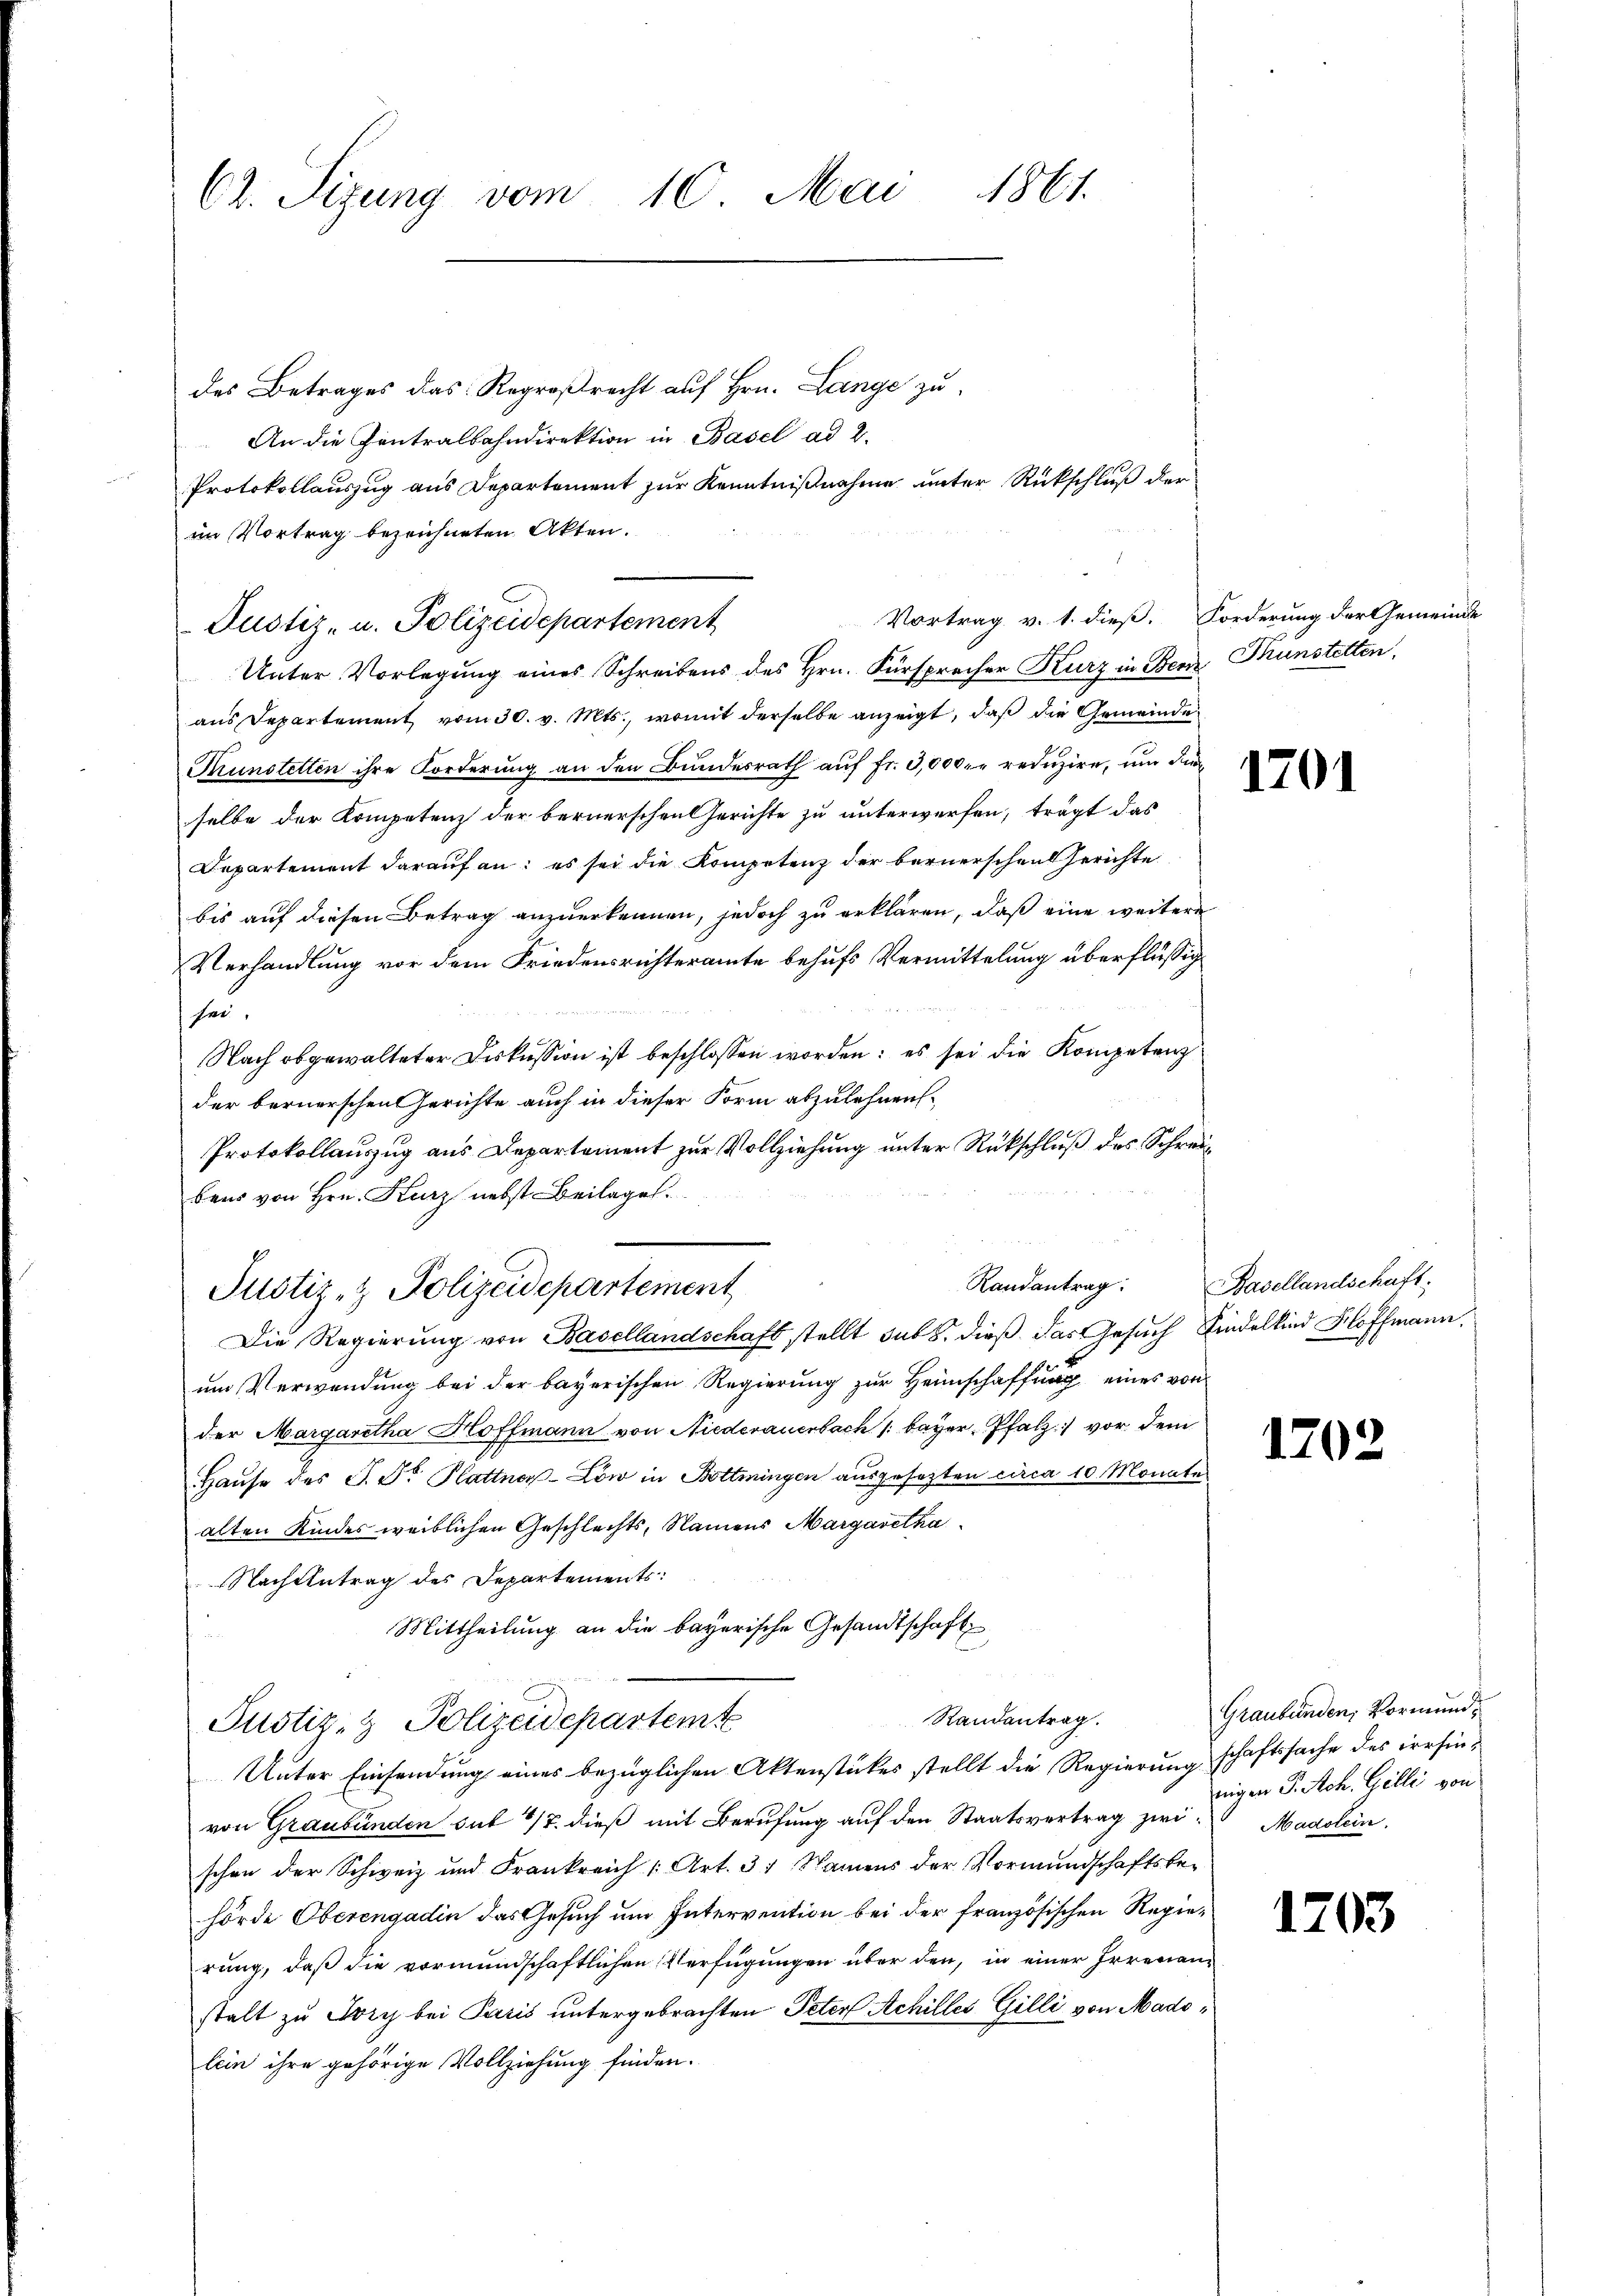
62. Sizung vom 10. Mai 1861.

des Betrages das Regroßrecht auf Hrn. Lange zu¬
An die Centralbahndirektion in Basel ad 2.
e
Protokollauszug aus Departement zur Kenntnißnahme unter Rückschluß der
im Vortrag bezeichneten Akten.
Unter Vorlegung eines Schreibens des Hrn. Fürsprecher Kurz in Benz Prunstetten,
aus Departement vom 30. v. Mts., womit derselbe anzeigt, daß die Gemeinde¬
Krunstellen ihre Forderung an den Bundesrath auf fr. 0,000. reduzire, um den
selbe der Kompetenz der bernerschen Gerichte zu unterwerfen, trägt das
Departement darauf an: es sei die Kompetenz der bernerschen Gerichte
bis auf diesen Betrag anzuerkennen, jedoch zu erklären, daß eine weitere
Verhandlung vor dem Friedensrichteramte behufs Vermittelung überflüssig
zu,
Nach obgewalteter Diskussion ist beschlossen worden; es sei die Kompetenz
der bernerschen Gerichte auch in dieser Form abzulehnen¬
Protokollauszug aus Departement zur Vollziehung unter Rückschluß des Schreibens von Hrn. Kurz nebst Beilages.
Randantrag:
Justiz- & Polizeidepartement
Die Regierung von Basellandschaft stellt sub 8. dieß das Gesuch findelkind Hoffmann,
um Verwendung bei der bayerischen Regierung zur Heimschaffung eines von
der Margaretha Hoffmann von Niederauerbach /: bayer, Pfalz vor dem
Hause des P. Dr Plattne-Low in Bottmingen ausgesetzten circa 10 Monates
alten Kindes weiblichen Geschlechts, Namens Margaretha
Nachtentrag des Departements:
Mittheilung an die bayerische Gesandtschaft
.
Randantrag.
Justiz- & Polizeidepartemte
Unter Einsendung eines bezüglichen Aktenstückes stellt die Regierung schaftssache des irrsinvon Graubünden sub 7/8 dieß mit Berufung auf den Staatsvertrag zwi- Magslein.
schen der Schweiz und Frankreich (Art. 31 Namens der Vormundschaftsbehörde Oberengadin das Gesuch um Intervention bei der französischen Regierung, daß die vormundschaftlichen Verfügungen über den, in einer Irrenanstalt zu Sry bei Paris untergebrachten Peter Achilles Gilli von Madolein ihre gehörige Vollziehung finden.

Justiz- u. Polizeidepartement

Vortrag v. 1. dieß. Forderung der Gemeinde

Basellandschaft.

Graubünden, Vormund,
nigen S. Ach. Gilli von

1701

1702

1703